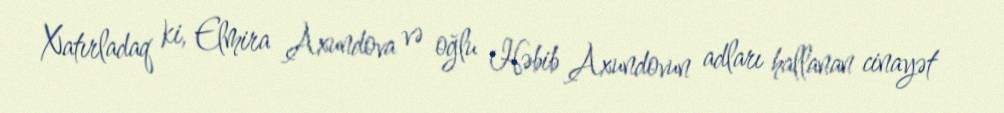
Xatırladaq ki, Elmira Axundova və oğlu Həbib Axundovun adları hallanan cinayət